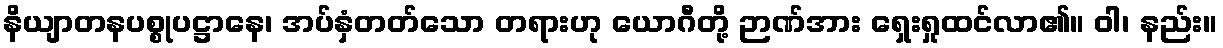
နိယျာတနပစ္စုပဋ္ဌာနေ၊ အပ်နှံတတ်သော တရားဟု ယောဂီတို့ ဉာဏ်အား ရှေးရှုထင်လာ၏။ ဝါ၊ နည်း။